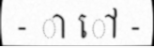
- ា ៅ -